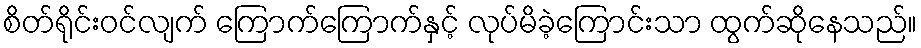
စိတ်ရိုင်းဝင်လျက် ကြောက်ကြောက်နှင့် လုပ်မိခဲ့ကြောင်းသာ ထွက်ဆိုနေသည်။